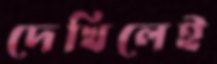
দেখিলেই